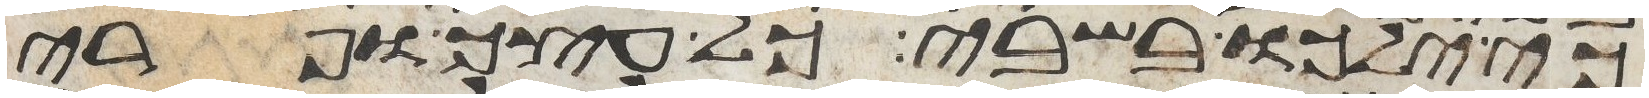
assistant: כי ילכו בשבי כל עצך ופרי